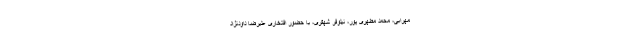
مهرابی، محمد مطهری پور، نیلوفر شهفری، با حضور افتخاری علیرضا داودنژاد